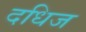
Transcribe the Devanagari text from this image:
दधिज